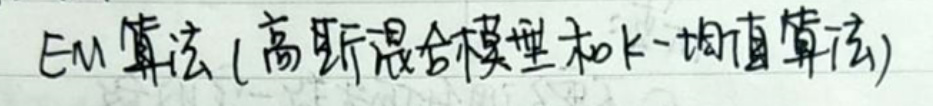
EM算法（高斯混合模型和K-均值算法）